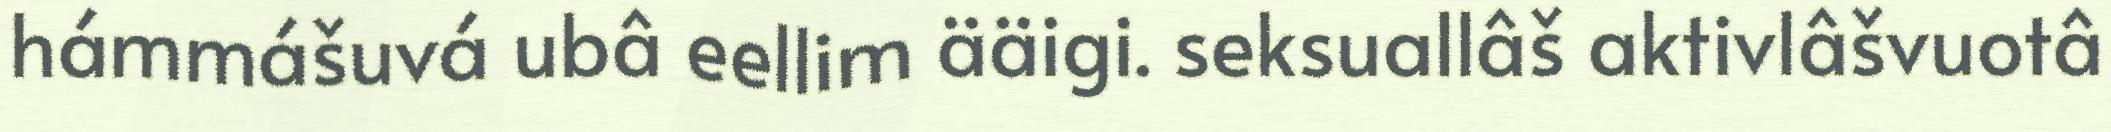
hámmášuvá ubâ eellim ääigi. seksuallâš aktivlâšvuotâ